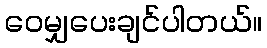
ဝေမျှပေးချင်ပါတယ်။